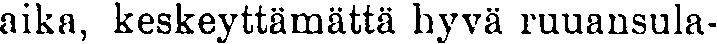
aika, keskeyttämättä hyvä ruuansula-